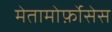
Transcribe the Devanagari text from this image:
मेतामोर्फ़ोसेस